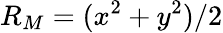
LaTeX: R_{M}=(x^{2}+y^{2})/2